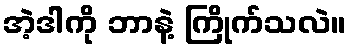
အဲ့ဒါကို ဘာနဲ့ ကြိုက်သလဲ။